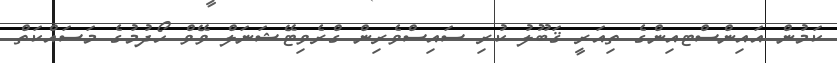
ކަމުން އައިންސްޓއިންގެ ތިއަރީ ޤަބޫލު ކުރި ސައިސްވެރިން ގްރެވިޓޭޝަނަލް ވޭވް ހޯދުމުގެ މަސައްކަތް